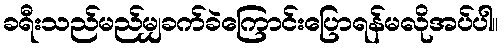
ခရီးသည်မည်မျှခက်ခဲကြောင်းပြောရန်မလိုအပ်ပါ။